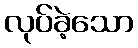
လုပ်ခဲ့သော